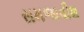
સમજાવીશ